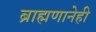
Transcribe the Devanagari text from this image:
ब्राह्मणानेही